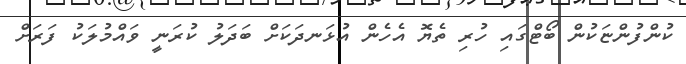
ކުންފުންޏަކުން ބޯޓްގައި ހުރި ތެޔޮ އެހެން އުޅަނދަކަށް ބަދަލު ކުރަނީ ވައްމުލަކު ފަރަށް